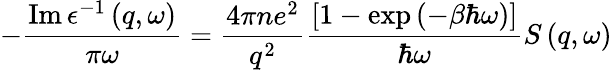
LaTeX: -\frac{\operatorname{Im}\epsilon^{-1}\left(q,\omega\right)}{\pi\omega}=\frac{4\pi ne^{2}}{q^{2}}\frac{\left[1-\exp\left(-\beta\hbar\omega\right)\right]}{\hbar\omega}S\left(q,\omega\right)